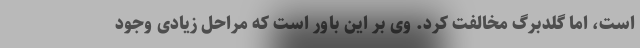
است، اما گلدبرگ مخالفت کرد. وی بر این باور است که مراحل زیادی وجود